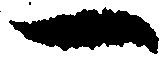
一